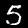
Digit: 5